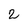
Character: 2